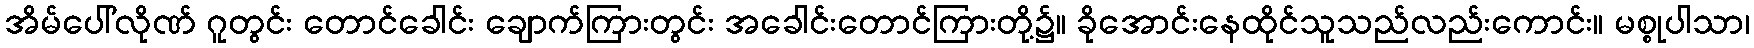
အိမ်ပေါ်လိုဏ် ဂူတွင်း တောင်ခေါင်း ချောက်ကြားတွင်း အခေါင်းတောင်ကြားတို့၌။ ခိုအောင်းနေထိုင်သူသည်လည်းကောင်း။ မစ္စုပါသာ၊